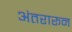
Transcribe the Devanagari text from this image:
अंतरारून